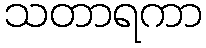
သတာရကာ